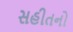
સહીતનો